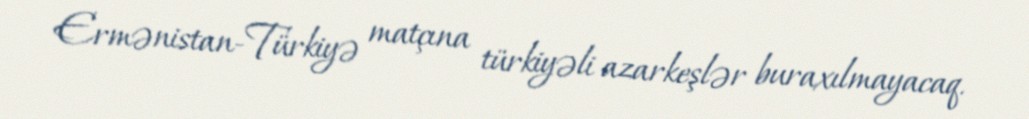
Ermənistan-Türkiyə matçına türkiyəli azarkeşlər buraxılmayacaq.